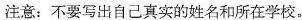
注意：不要写出自己真实的姓名和所在学校。